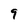
Character: 9